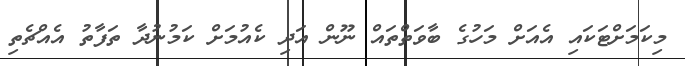
މިކަމަށްޓަކައި އެއަށް މަހުގެ ބާވަތްތައް ނޫން އަދި ކެއުމަށް ކަމުނުދާ ތަފާތު އެއްޗެތި